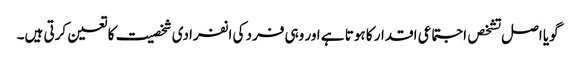
گویا اصل تشخص اجتماعی اقدار کا ہوتا ہے اور وہی فرد کی انفرادی شخصیت کا تعین کرتی ہیں۔